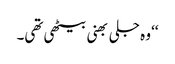
‘‘ وہ جلی بھنی بیٹھی تھی۔